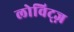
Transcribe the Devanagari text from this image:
लोविट्ज़